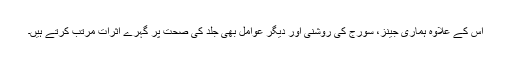
اس کے علاوہ ہماری جینز، سورج کی روشنی اور دیگر عوامل بھی جلد کی صحت پر گہرے اثرات مرتب کرتے ہیں۔